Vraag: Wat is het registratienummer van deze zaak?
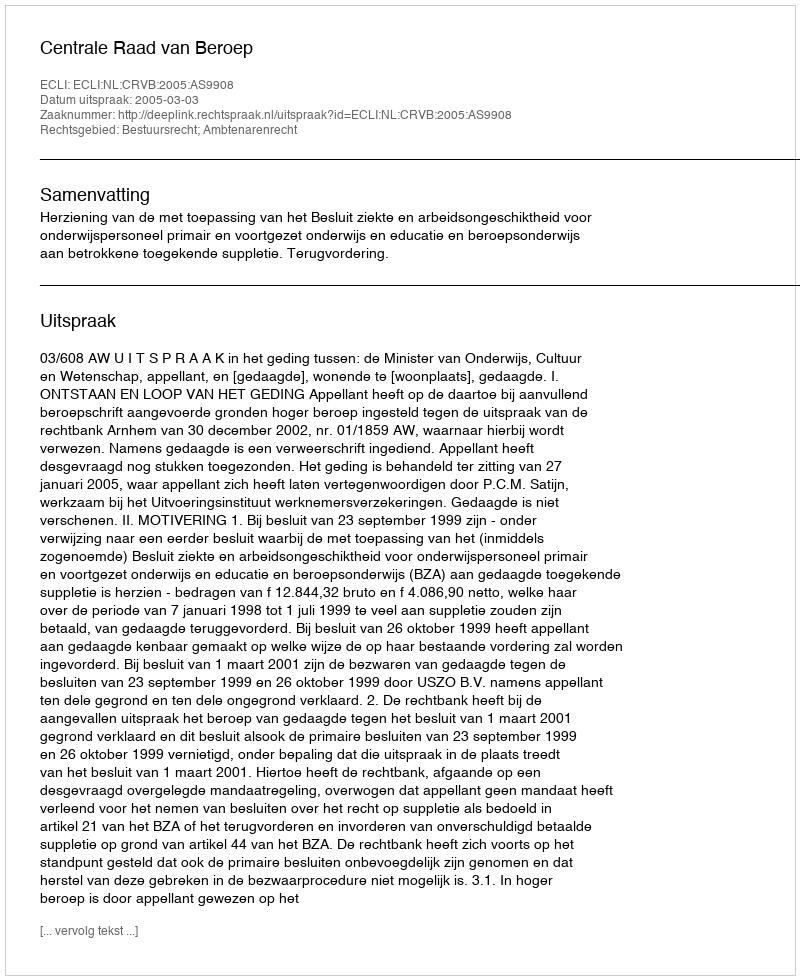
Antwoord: http://deeplink.rechtspraak.nl/uitspraak?id=ECLI:NL:CRVB:2005:AS9908